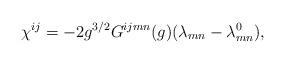
LaTeX: \begin{align*}\chi ^{ij}=-2g^{3/2}G^{ijmn}(g)(\lambda _{mn}-\lambda _{mn}^{0}),\end{align*}